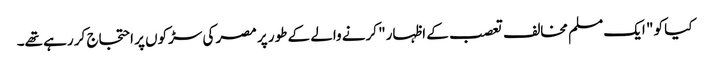
کیا کو " ایک مسلم مخالف تعصب کے اظہار" کرنے والے کے طور پر مصر کی سڑکوں پر احتجاج کر رہے تھے۔